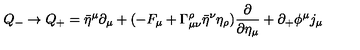
Q _ { - } \to Q _ { + } = \bar { \eta } ^ { \mu } \partial _ { \mu } + ( - F _ { \mu } + \Gamma _ { \mu \nu } ^ { \rho } \bar { \eta } ^ { \nu } \eta _ { \rho } ) { \frac { \partial } { \partial \eta _ { \mu } } } + \partial _ { + } \phi ^ { \mu } j _ { \mu }